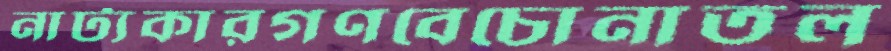
নাট্যকারগণবেচোনাতল